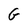
Character: G